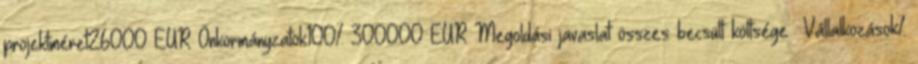
projektméret26000 EUR▪Önkormányzatok100% 300000 EUR▪Megoldási javaslat összes becsült költsége ▪Vállalkozások%